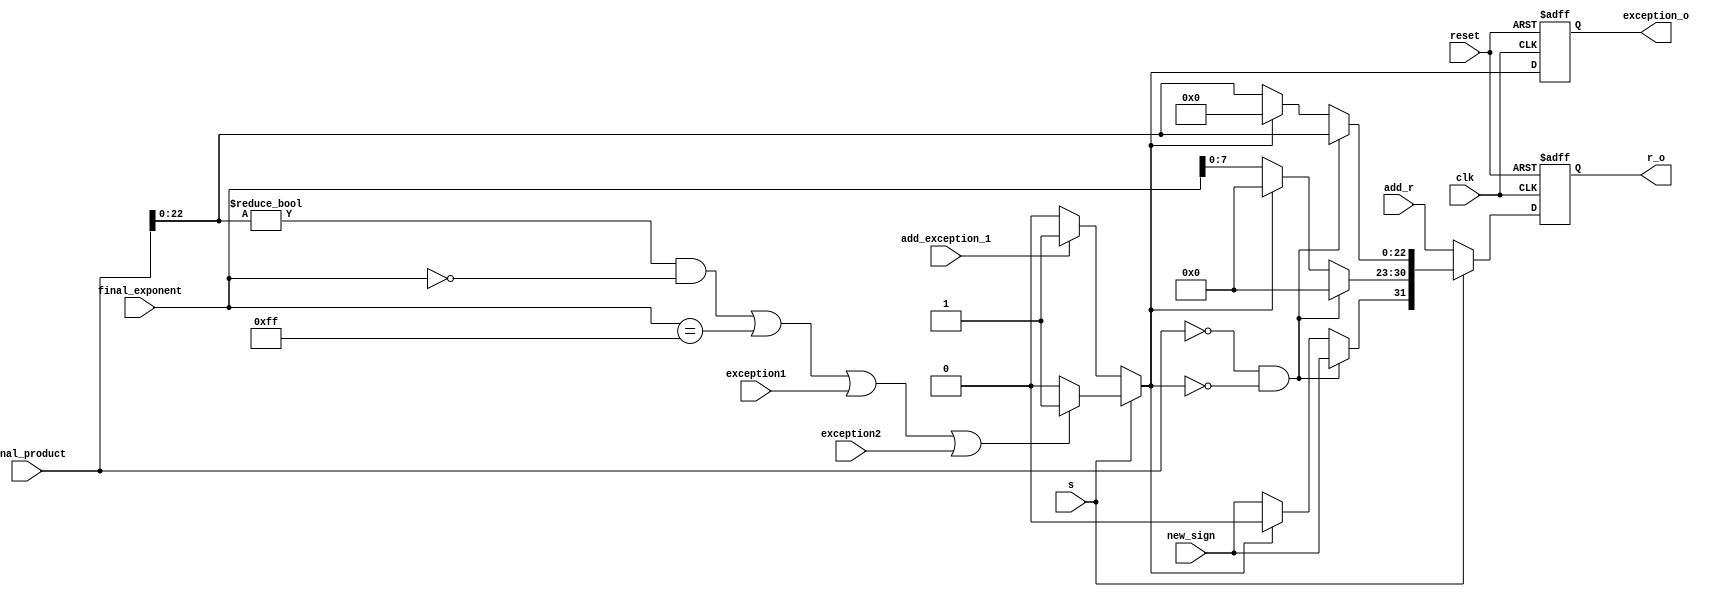
module result(clk,reset,final_exponent, final_product, new_sign, r_o,exception1,exception2,exception_o,add_r,add_exception_1,s);

input [24:0] final_product;
input [8:0] final_exponent;
input new_sign;
input exception1,exception2;
input clk,reset,s;

output reg[31:0]r_o;
output reg exception_o;

reg[31:0]r;
reg exception;

input [31:0]add_r;
input add_exception_1;

always@(posedge clk or negedge reset)
begin
	if(!reset)
	begin
	r_o	<= 23'b00000000000000000000000;
	exception_o <= 1'b0;
	end
	else
	begin
	r_o <= r;
	exception_o <= exception;
	end
end

always@(*)
begin
	if(s == 1)
	begin
	if( (final_product[22:0] != 23'b00000000000000000000000 && final_exponent == 8'b00000000)|| final_exponent == 8'b11111111 || exception1 == 1'b1 || exception2 == 1'b1)
	exception = 1'b1;
	else
	exception=1'b0;
	end
	else if(s == 0)
	begin
	if(add_exception_1 == 1'b1)
	exception = 1'b1;
	else
	exception=1'b0;
	end
	else
	exception=1'b0;
	end

always@(*)
begin	
	if(s == 1)
	begin

	if(final_product == 23'b00000000000000000000000 && exception==1'b0)
	begin
	r[31] = new_sign;
	r[30:23] = 8'b00000000;
	r[22:0] = final_product[22:0];
	end

	else if(exception==1'b0)
	begin
	r[30:23] = final_exponent[7:0];
	r[31] = new_sign;
	r[22:0] = final_product[22:0];
	end
	
	else
	begin
	r[30:23] = 8'b0;
	r[31] = 1'b0;
	r[22:0] = 23'b0;
	end
	end
	else
	r = add_r;
	
end

endmodule